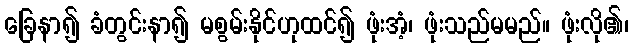
ခြေနာ၍ ခံတွင်းနာ၍ မစွမ်းနိုင်ဟုထင်၍ ဖုံးအံ့၊ ဖုံးသည်မမည်။ ဖုံးလို၏၊